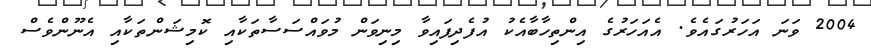
2004 ވަނަ އަހަރުގައެވެ. އެއަހަރުގެ އިންތިހާބާއެކު އުފެދިފައިވާ މިނިވަން މުވައްސަސާތަކާއި ކޮމިޝަންތަކާއި އެނޫންވެސް